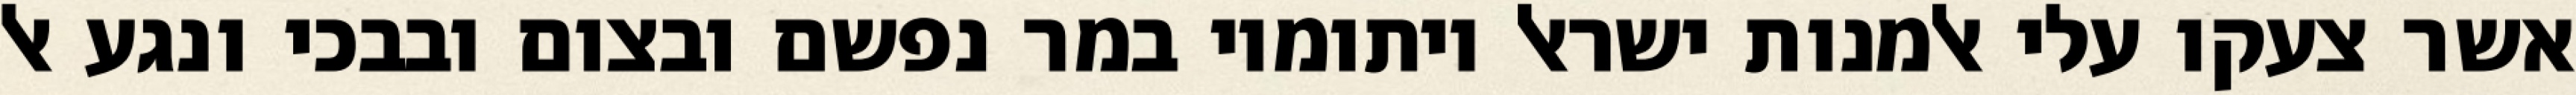
אשר צעקו עלי אלמנות ישראל ויתומיו במר נפשם ובצום ובבכי ונגע אל